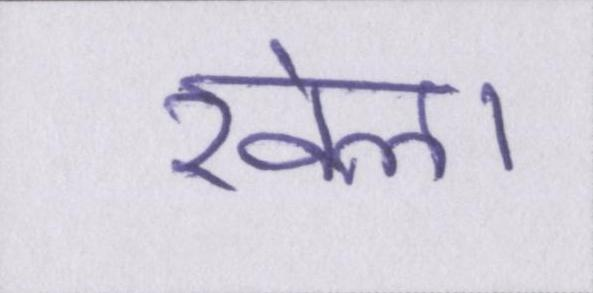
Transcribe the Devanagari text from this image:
खेला